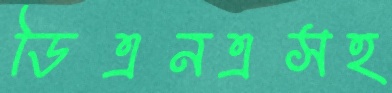
ডিএনএসহ